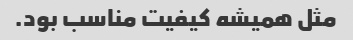
مثل همیشه کیفیت مناسب بود.